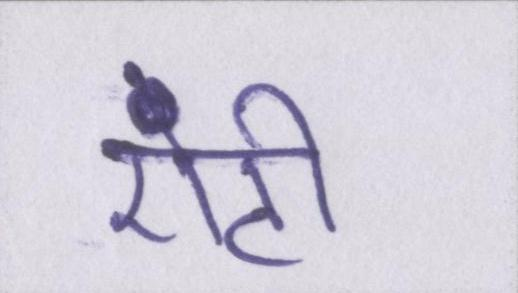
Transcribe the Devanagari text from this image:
एंटी